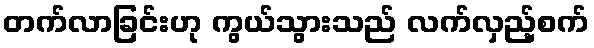
တက်လာခြင်းဟု ကွယ်သွားသည် လက်လှည့်စက်